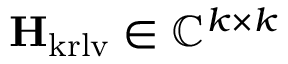
\mathbf { H } _ { \mathrm { k r l v } } \in \mathbb { C } ^ { k \times k }